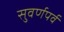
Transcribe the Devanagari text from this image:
सुवर्णपर्व